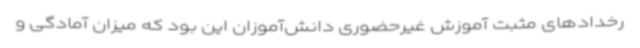
رخدادهای مثبت آموزش غیرحضوری دانش‌آموزان این بود که میزان آمادگی و